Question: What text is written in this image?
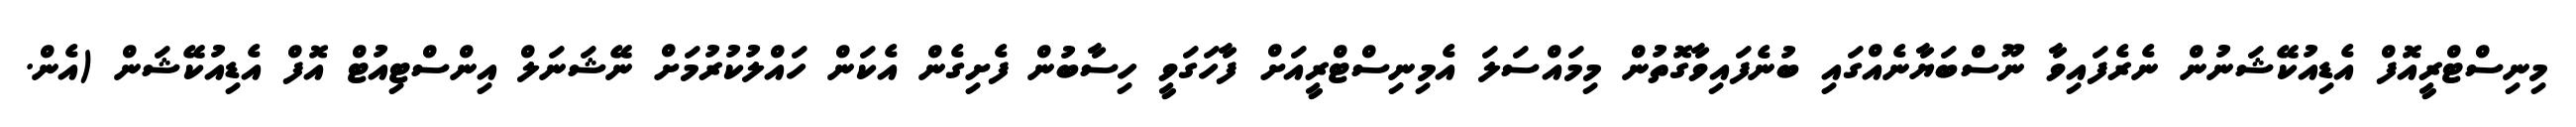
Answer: މިނިސްޓްރީއޮފް އެޑިއުކޭޝަނުން ނެރެފައިވާ ނޫސްބަޔާނެއްގައި ބުނެފައިވާގޮތުން މިމައްސަލަ އެމިނިސްޓްރީއަށް ފާހަގަވީ ހިސާބުން ފެށިގެން އެކަން ހައްލުކުރުމަށް ނޭޝަނަލް އިންސްޓިއުޓް އޮފް އެޑިއުކޭޝަން (އެން.